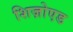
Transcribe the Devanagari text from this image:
शिज़ोएड